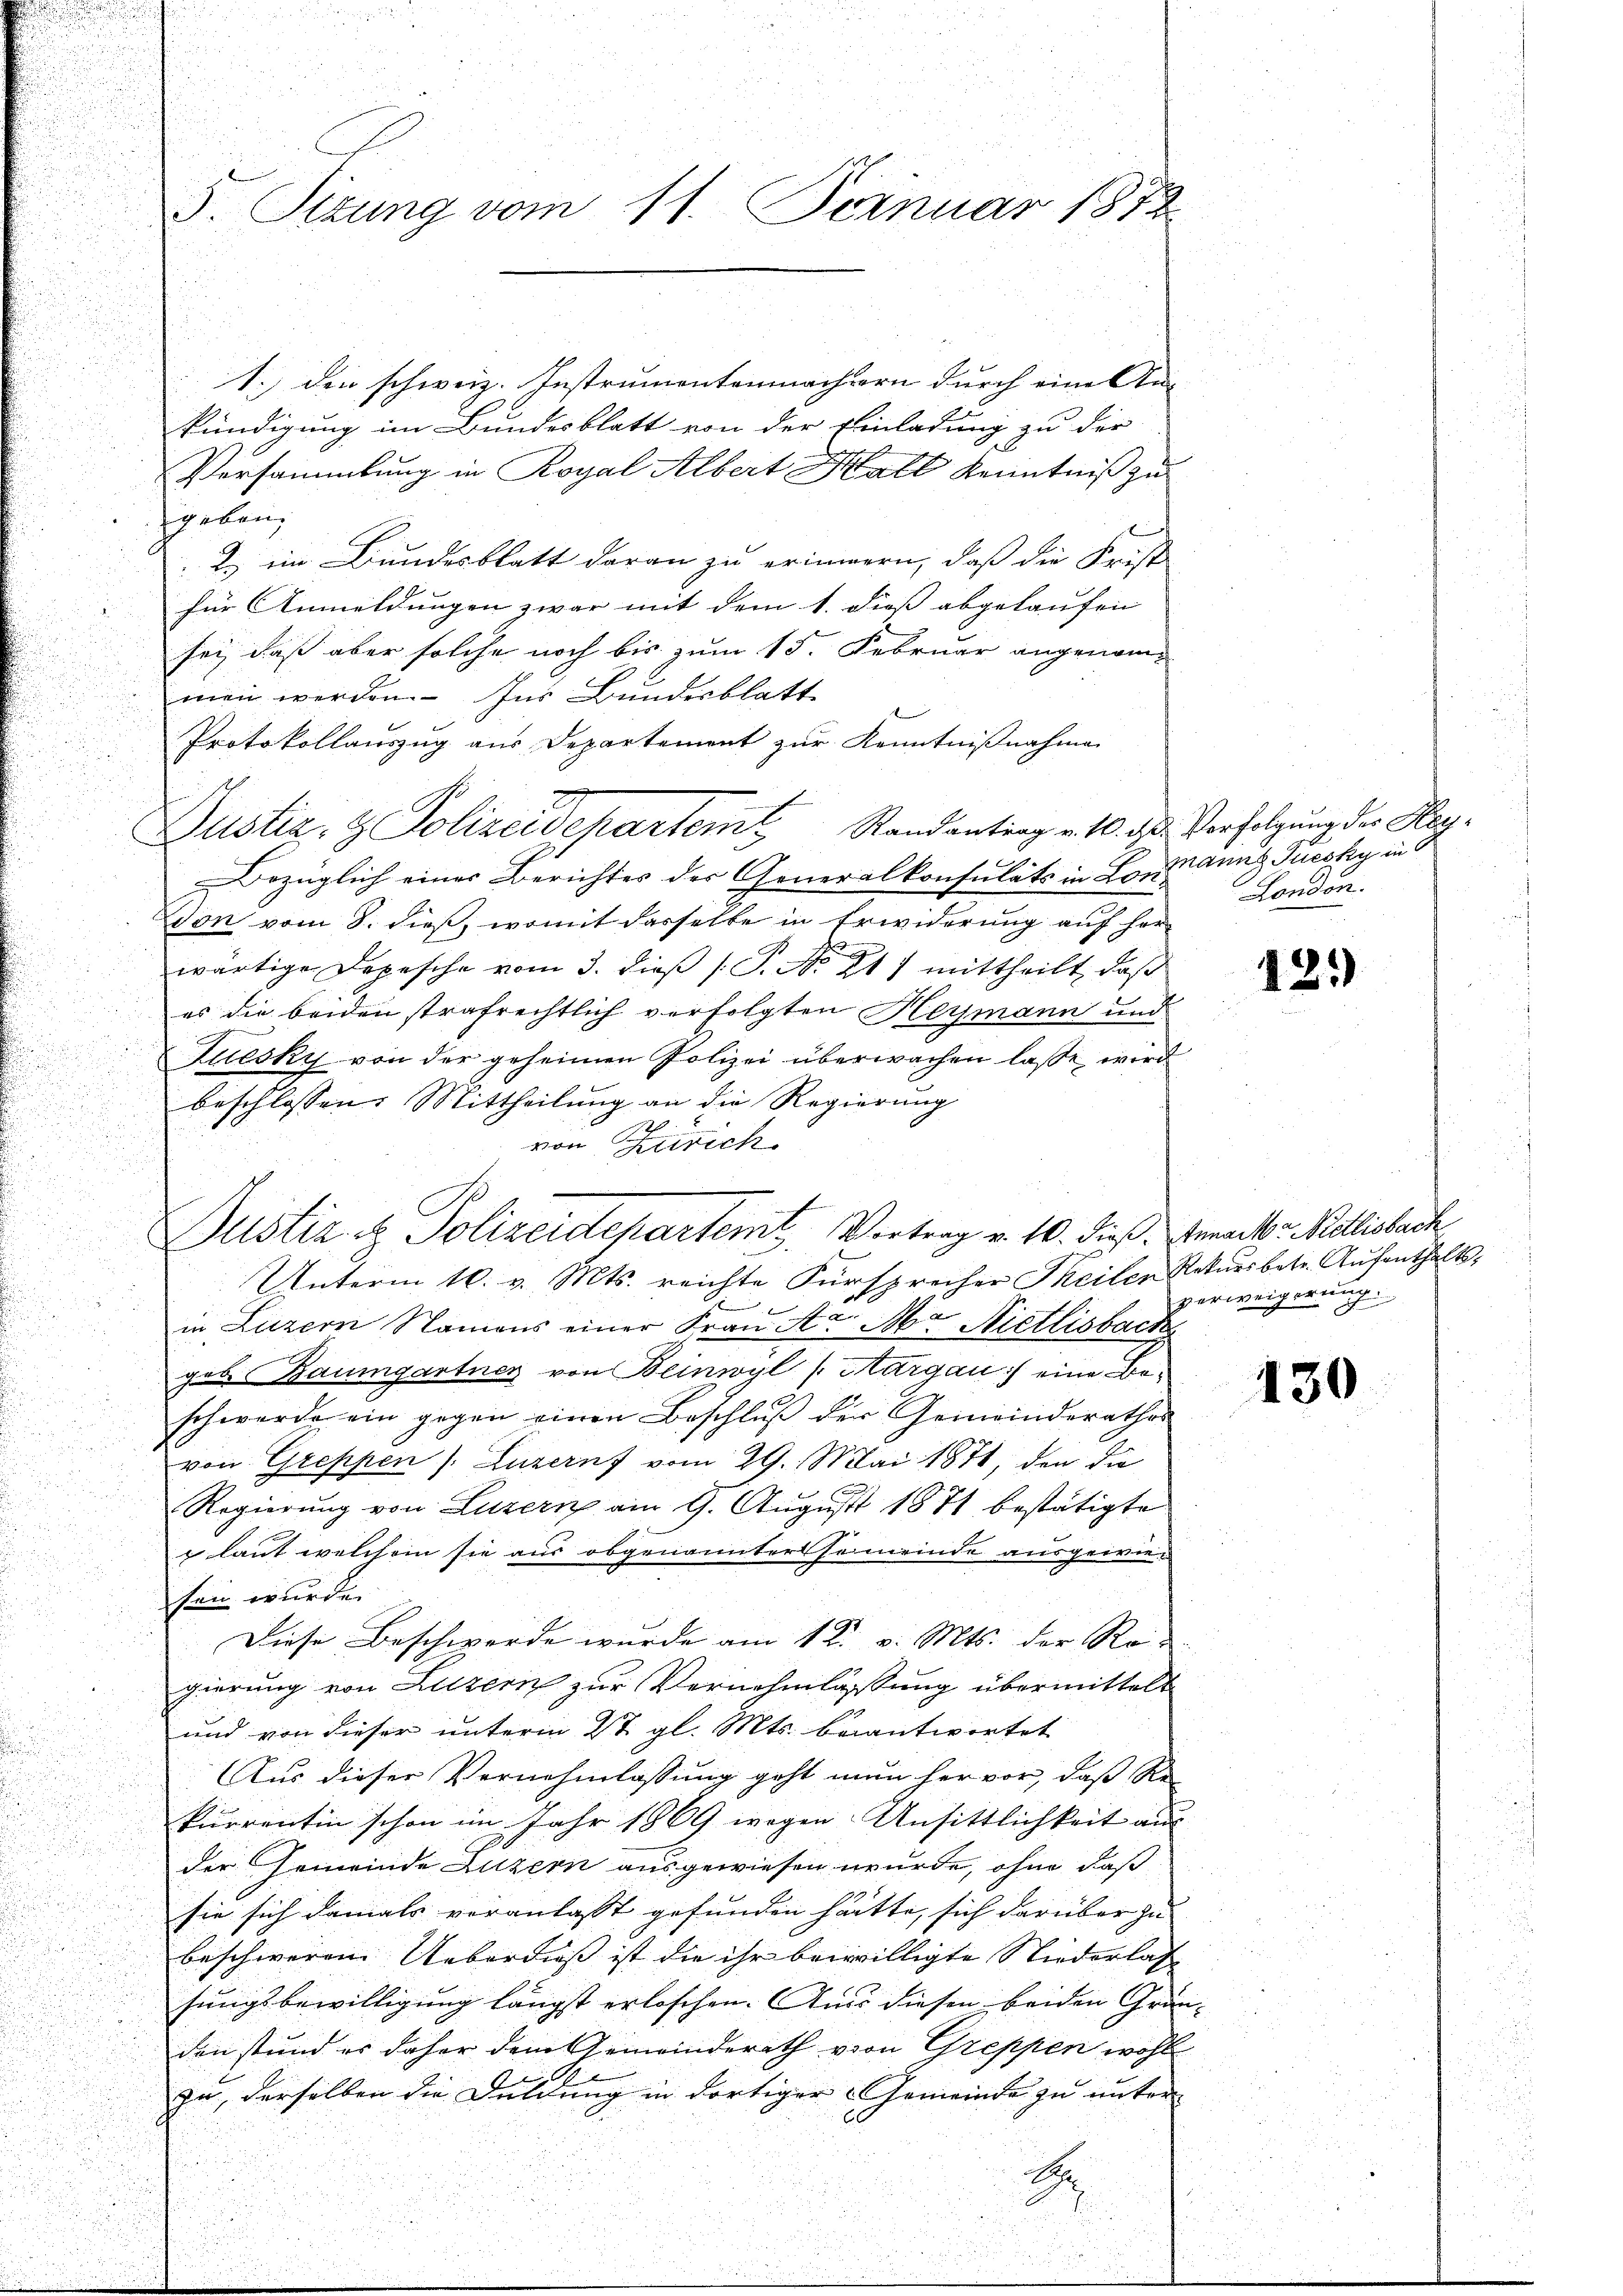
5. Sizung vom 11. Deznuar 1872.

1.) den schweiz. Instrumentenmachtern durch eine An-
kündigung im Bundesblatt von der Einladung zu der
Versammlung in Royal Albert Hall Kenntniß zu
geben,
2. im Bundesblatt daran zu erinnern, daß die Frist
für Anmeldungen zwar mit dem 1. dieß abgelaufen
sei, daß aber solche noch bis zum 15. Februar angenommen werden. Ins Bundesblatt
Protokollauszug aus Departement zur Kenntnißnahme
Bezüglich einer Berichtes der Generalkonsulats in Lonmanns Tuecky in
Don vom 8. dieß, womit dasselbe in Erwiderung auf her
wärtige Depesche vom 3. dieß (T. No 217 mittheilt, daß
es die beiden strafrechtlich verfolgten Heymann und
Fuesky von der geheimen Polizei überwachen lasse, wird
beschlossen: Mittheilung an die Regierung
von Zürich
Justiz & Polizeidepartemt Vortrag v. 10. dieß. Anna - Mollisbach
Unterm 10. v. Mts. reichte Fürsprecher Theiler Rekurs betr. Aufenthalts,
E
in Luzern Namens einer Frau Art. Aber Nietlisbacke
geb. Baumgartner von Beinwyl (Margau :/ eine Beschwerde ein gegen einen Beschluß der Gemeinderathes
von Greppen /: Luzernf vom 29. Mai 1871, den die
Regierung von Luzern am 9. August 1871 bestätigte
 laut welchem sie aus obgenannters se meinde ausgewiesein wurde.
Diese Beschwerde wurde am 12. v. Mts. der Regierung von Luzern zur Vernehmlassung übermittelt
und von dieser unterm 2t gl. Mts. beantwortet
Aus dieser Vernehmlassung geht nun hervor, daß Re
kurrentin schon im Jahr 1869 wegen Unsittlichkeit aus
der Gemeinde Luzern ausgewiesen wurde, ohne daß
sie sich damals veranlasst gefunden hätte, sich darüber zu
beschweren Ueberdies ist die ihr beiwilligte Niederlas |
sungsbewilligung längst erloschen. Aus diesen beiden Grün-
den stund es daher dem Gemeinderath von Greppen wohl
zu, derselben die Duldung in dortiger Gemeinde zu unter
.
.J.

Justiz- & Polizeidepartem Randanting v. 10. ds. Verfolgung der Hey¬

London.

121)

verweigerung

130